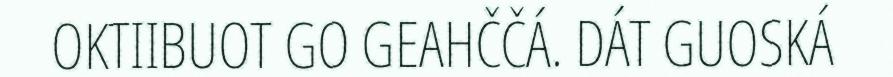
OKTIIBUOT GO GEAHČČÁ. DÁT GUOSKÁ